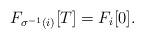
LaTeX: \begin{align*}F_{\sigma^{-1}(i)}[T]=F_{i}[0].\end{align*}